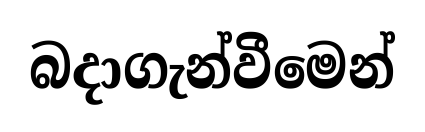
බදාගැන්වීමෙන්